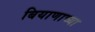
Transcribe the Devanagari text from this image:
बियाणाच्या